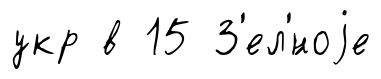
укр в 15 З'ел'́ноjе